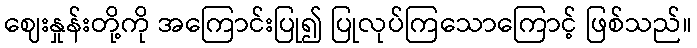
ဈေးနှုန်းတို့ကို အကြောင်းပြု၍ ပြုလုပ်ကြသောကြောင့် ဖြစ်သည်။